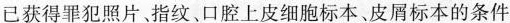
已获得罪犯照片、指纹、口腔上皮细胞标本、皮屑标本的条件